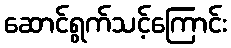
ဆောင်ရွက်သင့်ကြောင်း